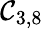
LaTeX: \mathcal{C}_{3,8}